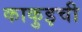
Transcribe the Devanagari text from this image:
काकुइची